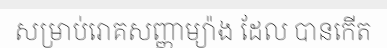
សម្រាប់រោគសញ្ញាម្យ៉ាង ដែល បានកើត